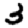
Digit: 3